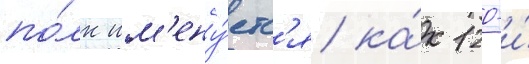
по́лк им'ену́етс'я ка́к 120-и́